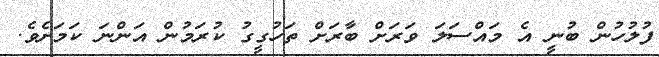
ފުލުހުން ބުނީ އެ މައްސަލަ ވަރަށް ބާރަށް ތަހުގީގު ކުރަމުން އަންނަ ކަމަށެެވެ.